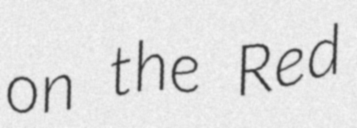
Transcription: on the Red